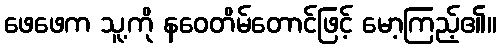
ဖေဖေက သူ့ကို နဝေတိမ်တောင်ဖြင့် မော့ကြည့်၏။